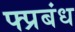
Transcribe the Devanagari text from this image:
फ्प्रबंध